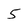
Character: 5